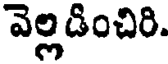
వెల్లడించిరి.